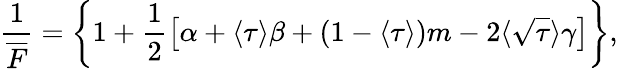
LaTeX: \frac{1}{\overline{{F}}}=\left\{ 1+\frac{1}{2}\left[\alpha+\langle\tau\rangle\beta+\left(1-\langle\tau\rangle\right)m-2\langle\sqrt{\tau}\rangle\gamma\right]\right\} ,